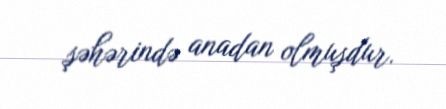
şəhərində anadan olmuşdur.